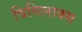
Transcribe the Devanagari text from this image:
विगिलाक्स